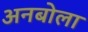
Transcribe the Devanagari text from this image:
अनबोला